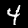
Digit: 4